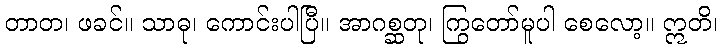
တာတ၊ ဖခင်။ သာဓု၊ ကောင်းပါပြီ။ အာဂစ္ဆတု၊ ကြွတော်မူပါ စေလော့။ ဣတိ၊